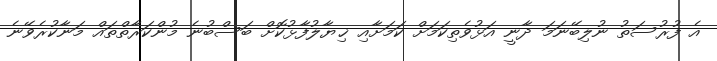
އެ ފުރުސަތު ނުލިބޭނަމަ ދާނީ އަޅުވެތިކަމަށް ކަމަށާއި ޚިޔާލުފާޅުކޮށް ބަސްބުނެ މުންކަރާތްތައް މަނާކުރެވޭނެ